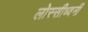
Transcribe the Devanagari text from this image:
लोस्सीध्वनी